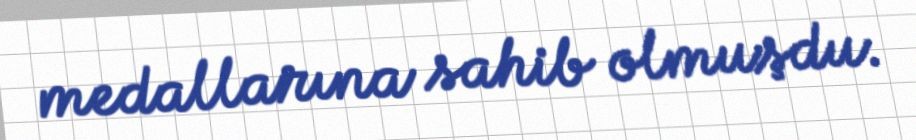
medallarına sahib olmuşdu.